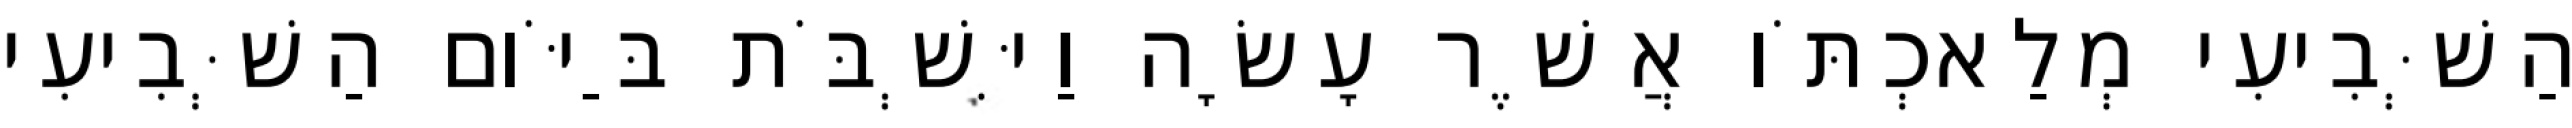
הַשְּׁבִיעִי מְלַאכְתֹּו אֲשֶׁר עָשָׂה וַיִּשְׁבֹּת בַּיֹּום הַשְּׁבִיעִי